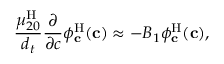
\frac { \mu _ { 2 0 } ^ { \mathrm { H } } } { { d _ { t } } } \frac { \partial } { \partial c } \phi _ { \mathbf { c } } ^ { \mathrm { H } } ( \mathbf { c } ) \approx - B _ { 1 } \phi _ { \mathbf { c } } ^ { \mathrm { H } } ( \mathbf { c } ) ,